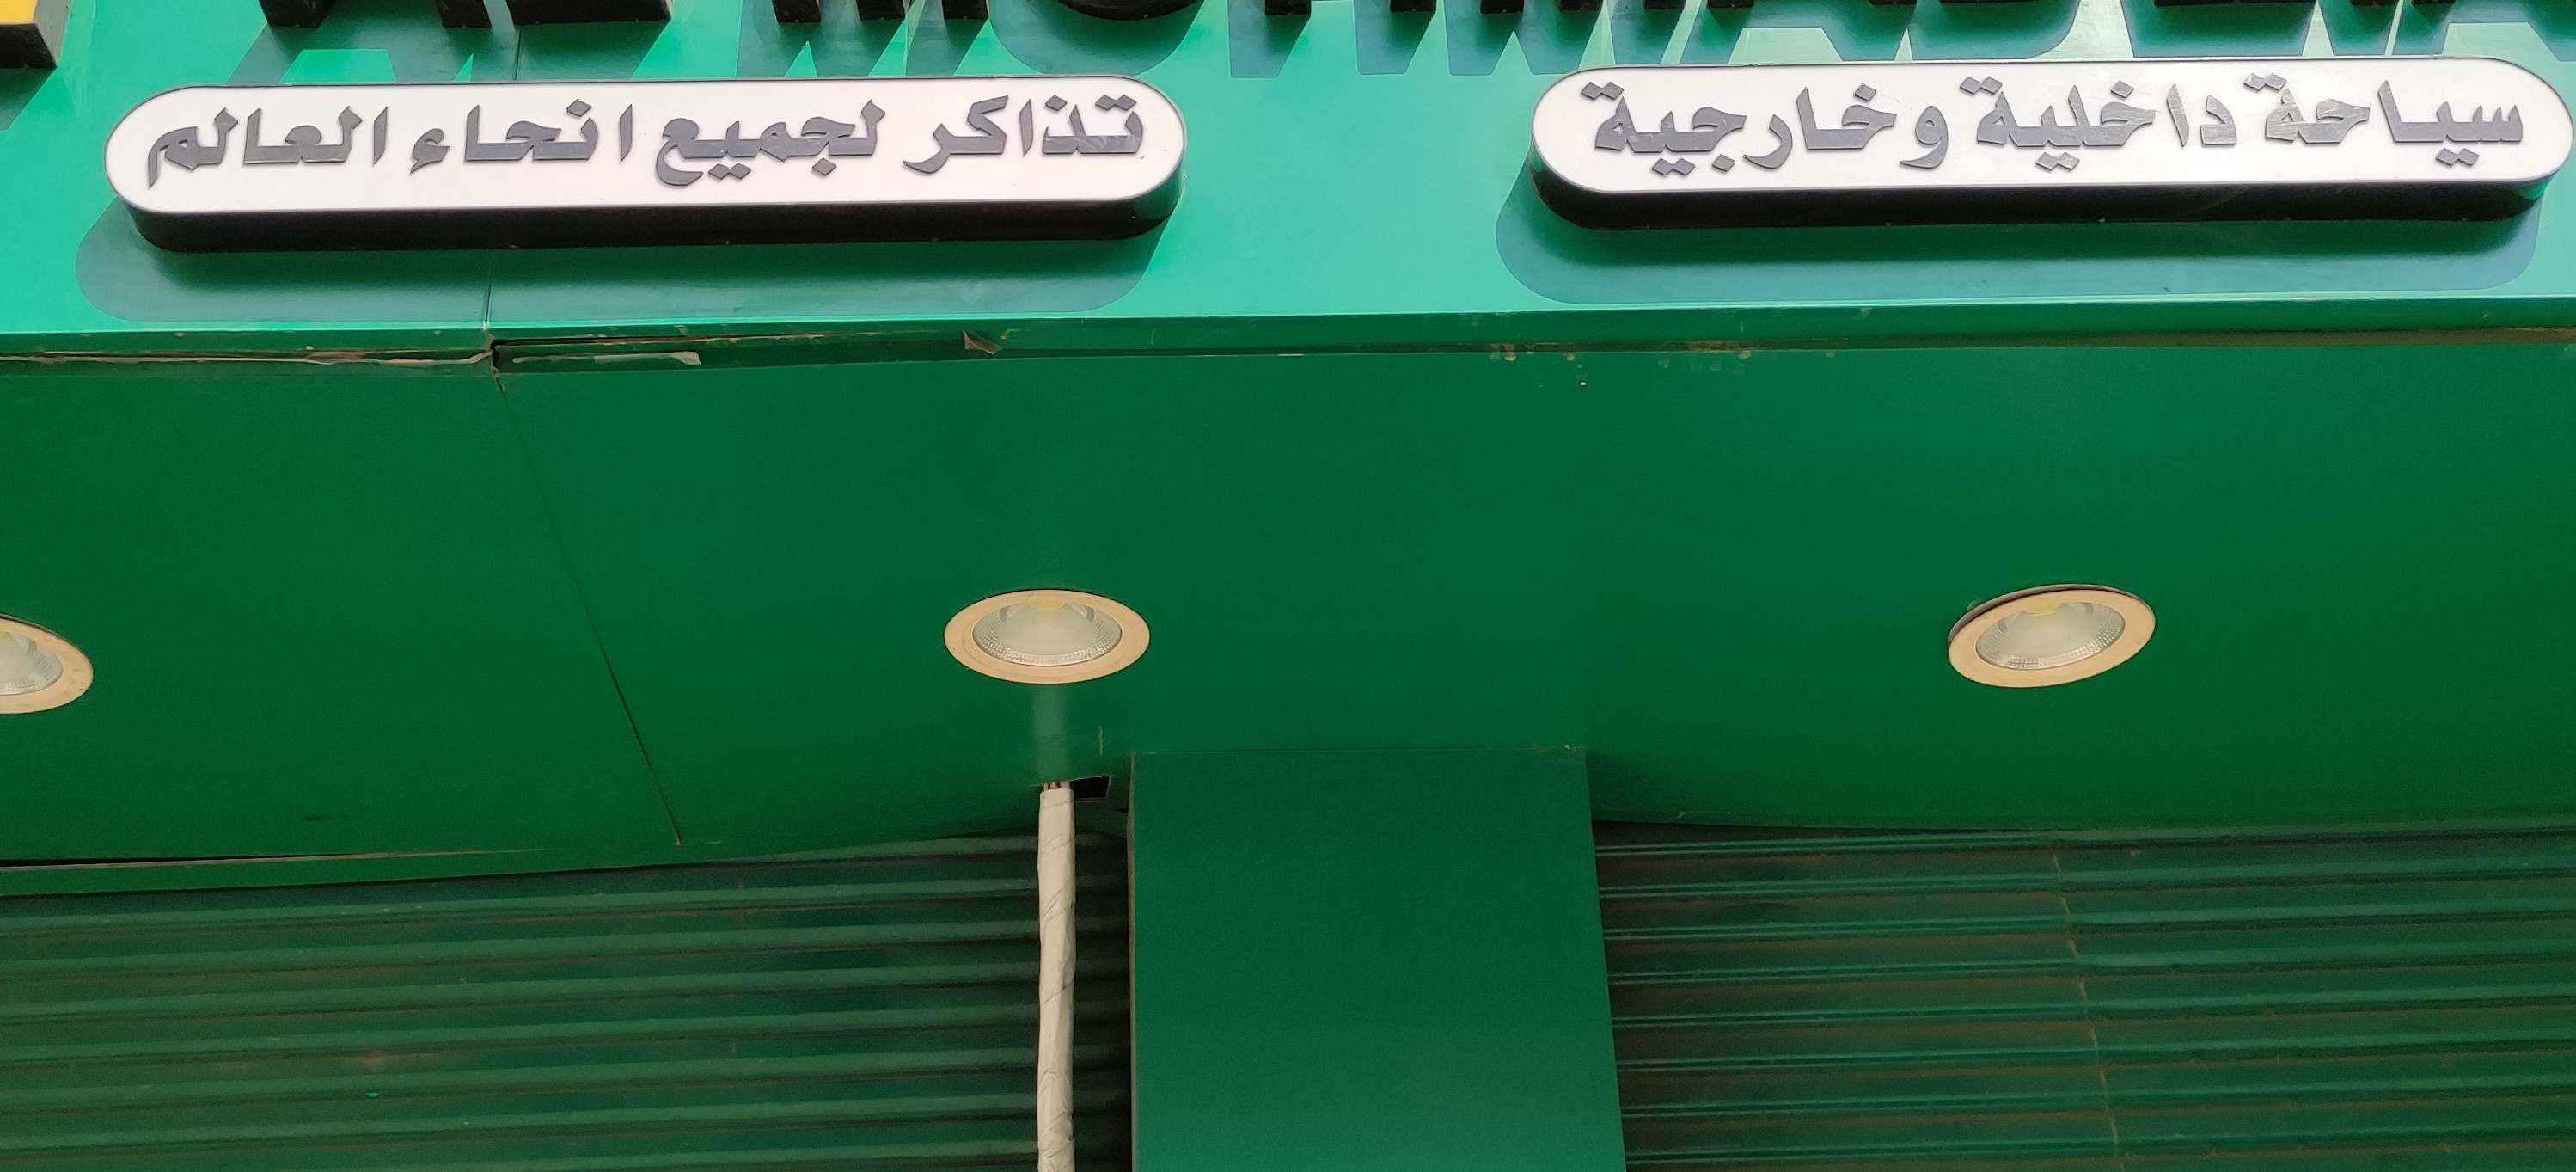
Text in image: سياحة داخلية وخارجية تذاكر لجميع انحاء العالم